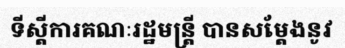
ទីស្តីការគណៈរដ្ឋមន្ត្រី បានសម្តែងនូវ